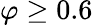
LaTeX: \varphi\geq 0.6